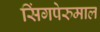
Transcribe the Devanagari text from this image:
सिंगपेरुमाल